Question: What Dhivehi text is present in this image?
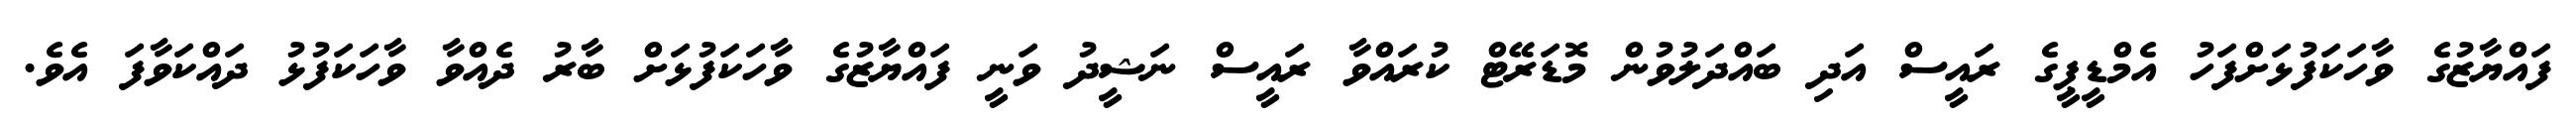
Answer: ފައްޔާޒުގެ ވާހަކަފުޅަށްފަހު އެމްޑީޕީގެ ރައީސް އަދި ބައްދަލުވުން މޮޑަރޭޓް ކުރައްވާ ރައީސް ނަޝީދު ވަނީ ފައްޔާޒުގެ ވާހަކަފުޅަށް ބާރު ދެއްވާ ވާހަކަފުޅު ދައްކަވާފަ އެވެ.